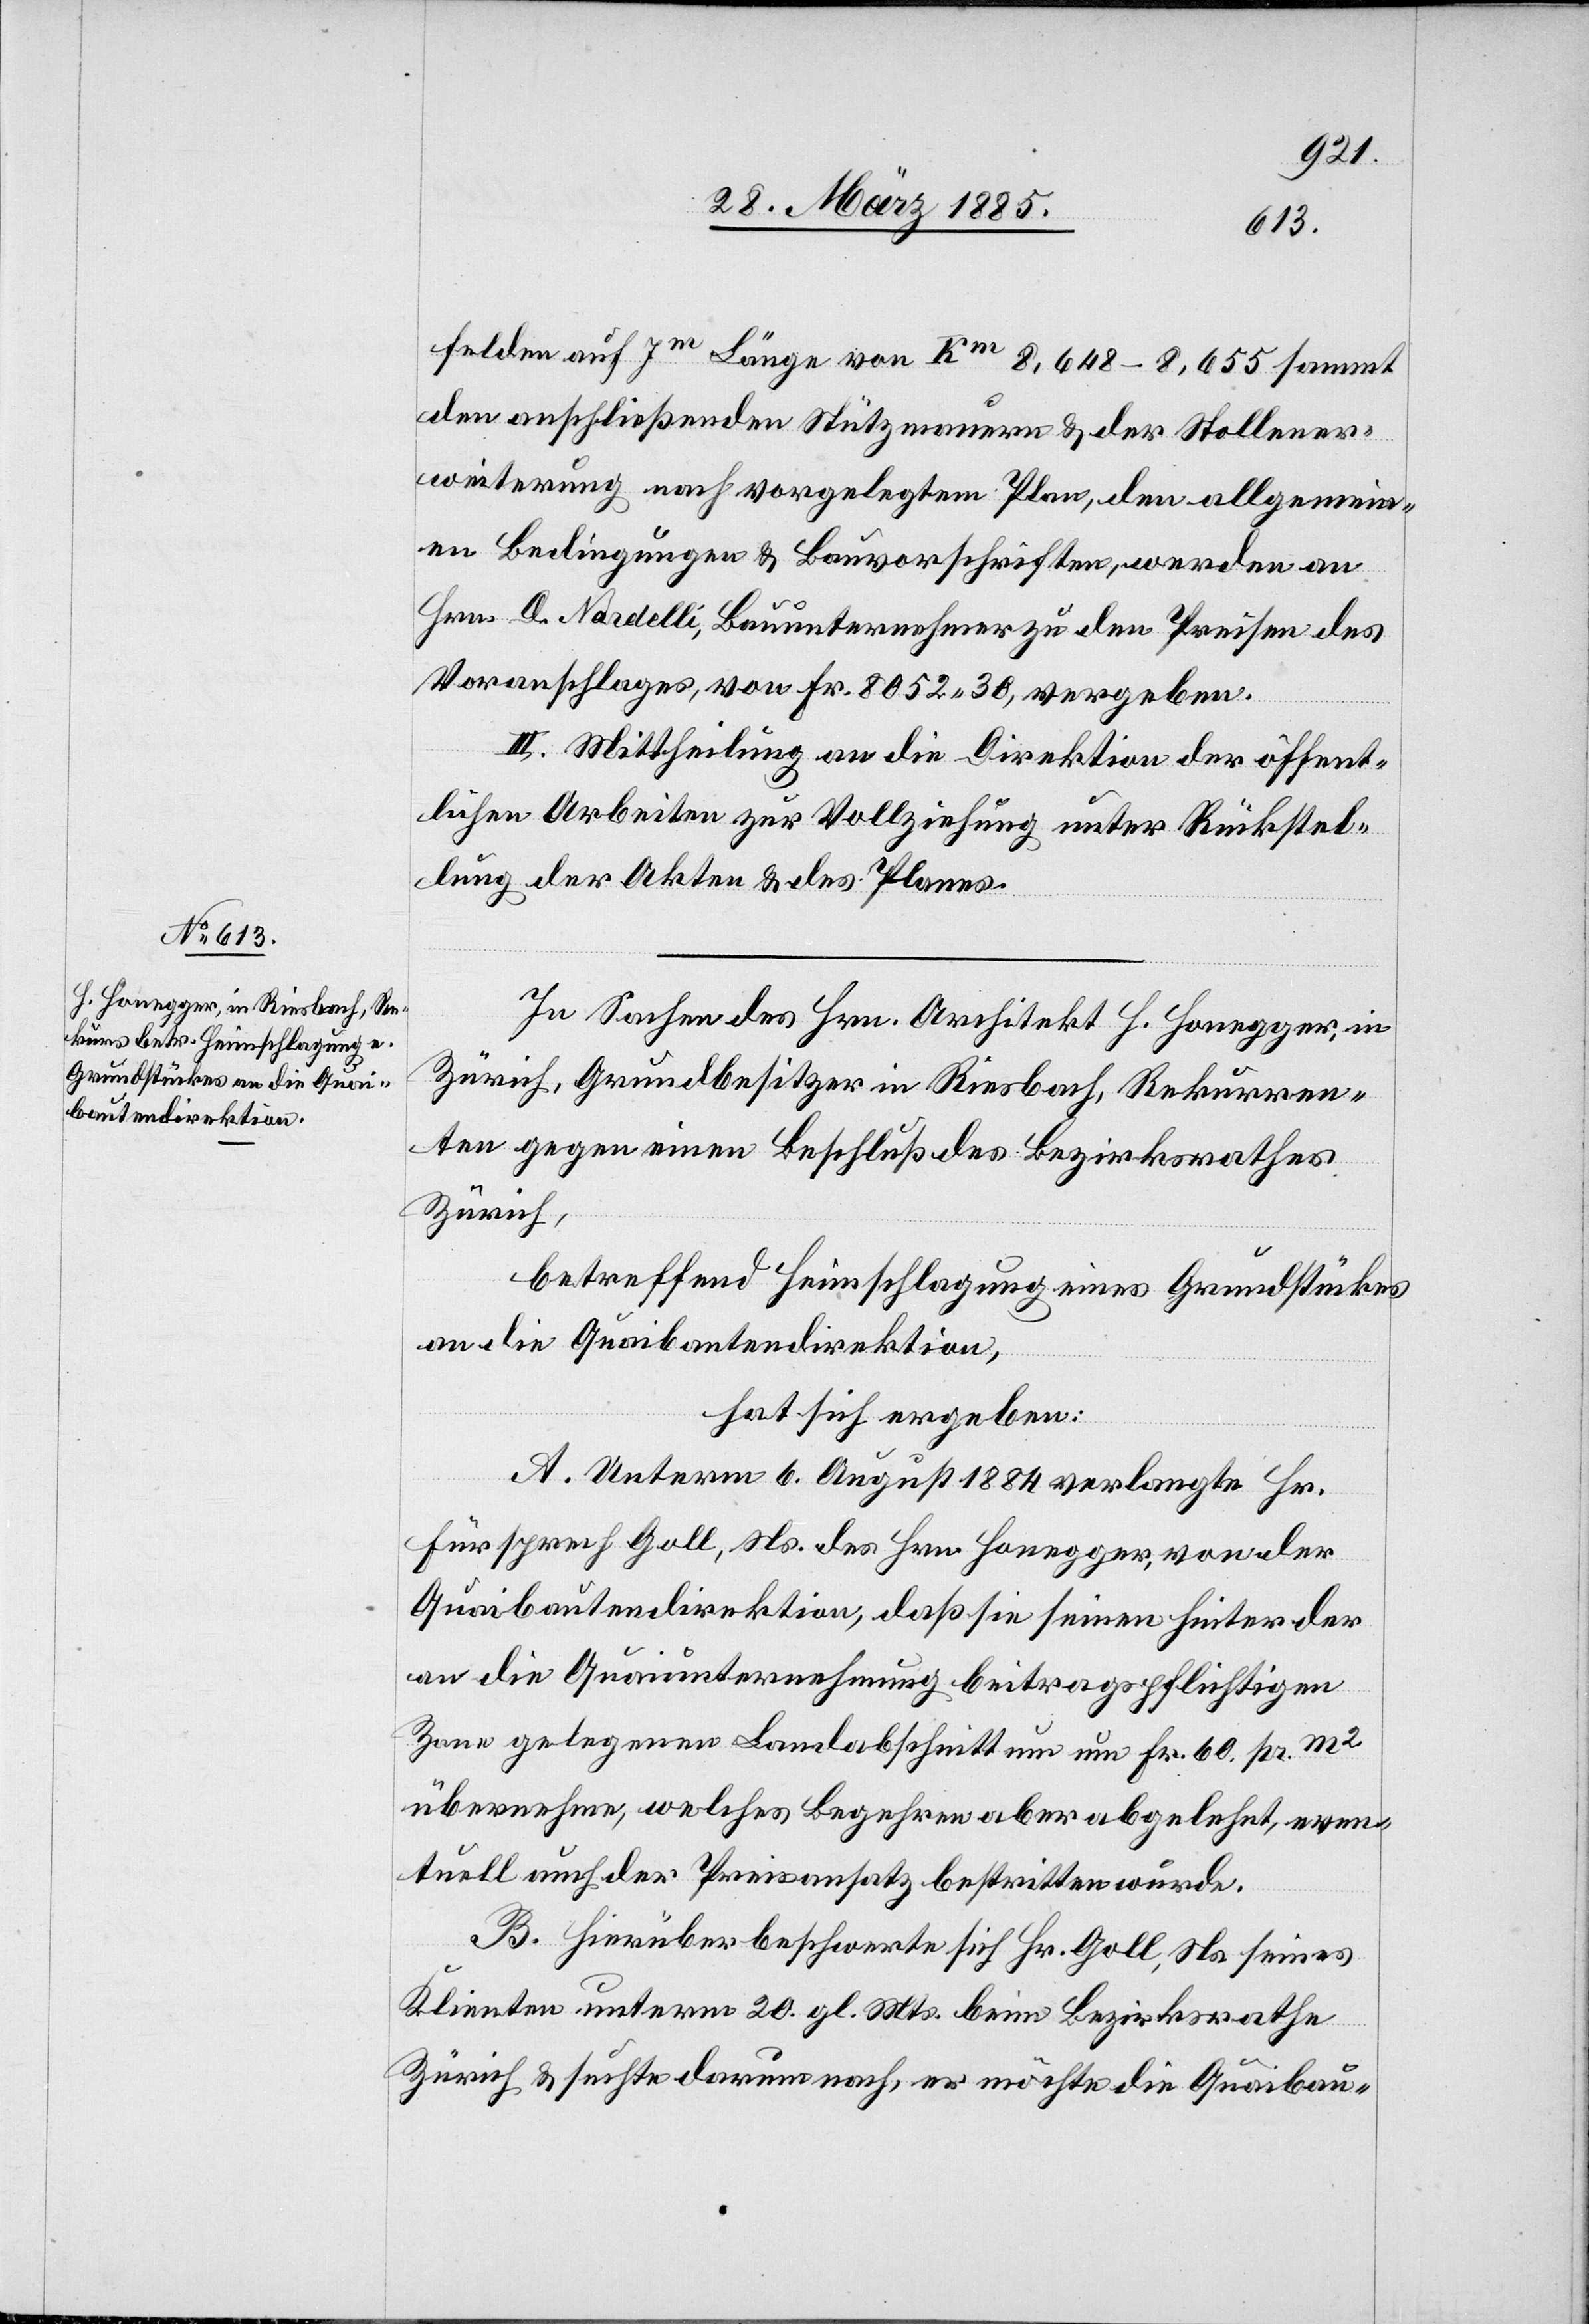
felden auf 7m Länge von Km 8,648–8,655 sammt
den anschließenden Stützmauern & der Stollener¬
weiterung nach vorgelegtem Plan, den allgemein¬
en Bedingungen & Bauvorschriften, werden an
Hrn. D. Nardelli, Bauunternehmer zu den Preisen des
Voranschlages, von Fr. 8052 30, vergeben.
III. Mittheilung an die Direktion der öffent¬
lichen Arbeiten zur Vollziehung unter Rückstel¬
lung der Akten & des Planes.
In Sachen des Hrn. Architekt H. Honegger, in
Zürich, Grundbesitzer in Riesbach, Rekurren¬
ten gegen einen Beschluß des Bezirksrathes
Zürich,
betreffend Heimschlagung eines Grundstückes
an die Quaibautendirektion,
hat sich ergeben:
A. Unterm 6. August 1884 verlangte Hr.
Fürsprech Goll, Ns. des Hrn. Honegger, von der
Quaibautendirektion, daß sie seinen hinter der
an die Quaiunternehmung beitragspflichtigen
Zone gelegenen Landabschnitt um um [sic!] Fr. 60 pr. m2
übernehme, welches Begehren aber abgelehnt, even¬
tuell auch der Preisansatz bestritten wurde.
B. Hierüber beschwerte sich Hr. Goll, Ns. seines
Klienten unterm 20. gl. Mts. beim Bezirksrathe
Zürich & suchte darum nach, er möchte die Quaibau-